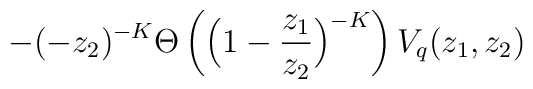
-(-z_2)^{-K}\Theta\left(\Big(1-\frac{z_1}{z_2}\Big)^{-K}\right)   V_q(z_1,z_2)